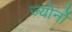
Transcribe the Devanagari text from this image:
ज्योर्नो